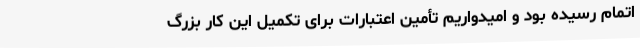
اتمام رسیده بود و امیدواریم تأمین اعتبارات برای تکمیل این کار بزرگ